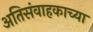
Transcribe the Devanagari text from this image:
अतिसंवाहकाच्या